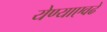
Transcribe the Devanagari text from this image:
येण्याएवढे